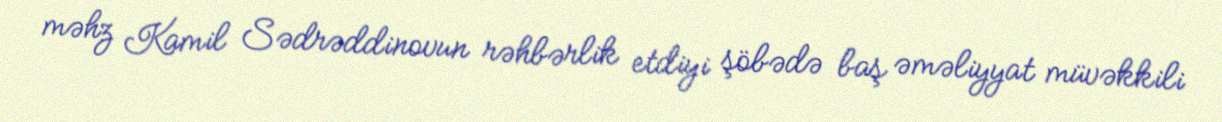
məhz Kamil Sədrəddinovun rəhbərlik etdiyi şöbədə baş əməliyyat müvəkkili